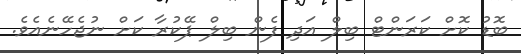
ބޮޑު ކޮށް ކަރަންޓް ބިލް އަދި ފެން ބިލް ޕޭކުރާ ކަށް ނުޖެހޭނެއެވެ.